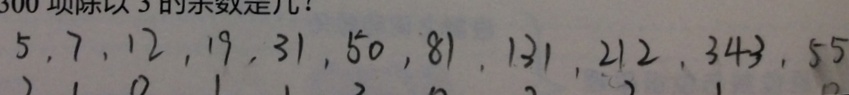
5 , 7 , 1 2 , 1 9 , 3 1 , 5 0 , 8 1 , 1 3 1 , 2 1 2 , 3 4 3 , 5 5